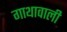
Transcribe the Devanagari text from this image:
गाथावाली